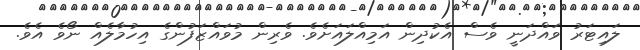
ލައިޓަރު ވައްދަނީ ވެސް އެކުދިން އަމިއްލައަށެވެ. ވެރިން މުވައްޒަފުންގެ އިހުމާލެއް ނޯވެ އެވެ.